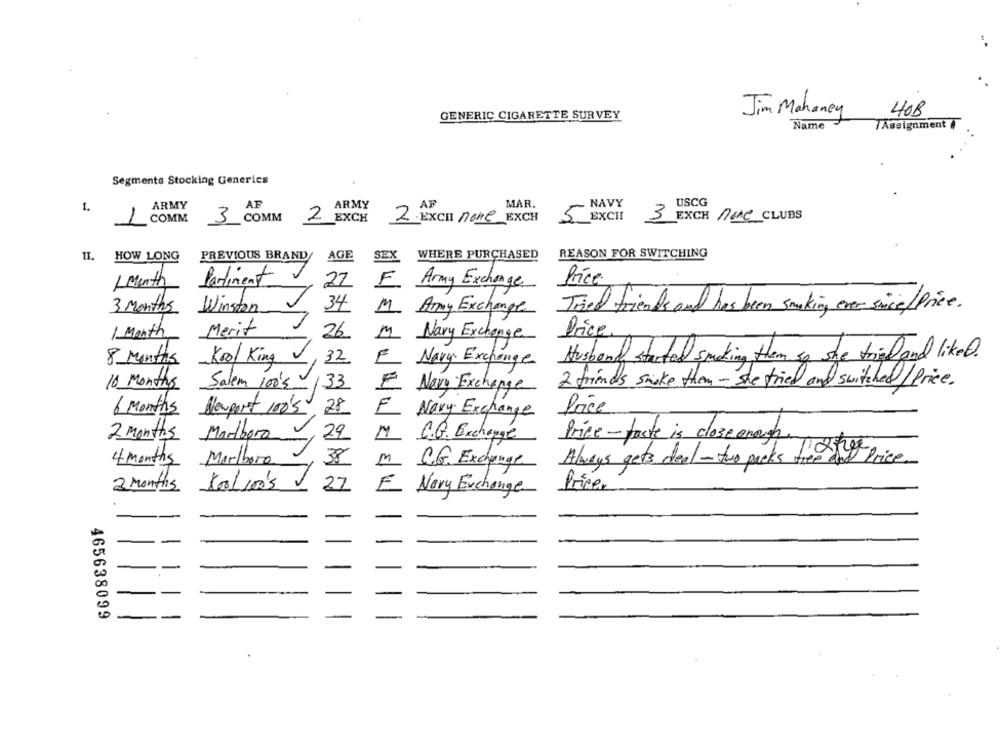
Jim Mahaney
GENERIC CIGARETTE SURVEY
408
Name
Assignment
Segments Stocking Generics
MAR.
NAVY
USCG
1.
ARMY
AF
ARMY
AF
2
EXCH
EXCH
EXCII
3 EXCH NONE CLUBS
COMM
3 COMM
2 .EXCH none
5
II.
AGE
SEX
WHERE PURCHASED
REASON FOR SWITCHING
HOW LONG
PREVIOUS BRAND
1 Month
Parliment V
22
F Army Exchange
Price.
34
3 Months
Winston
M Amy Exchange
Tried friends and has been smoking ever since/ Price.
Merit
1 Month
26
M Nary Exchange
Price
8 Months
Kool King
Husband started smoking them so she tried and likeD.
32
F Navy Exchange
2 friends smoke them - she tried and switched/Price.
10 Months
Salem 100's
33
E Nery Exchange
6 Months Newport 100's
28
E
Price
Navy Exchange
2 Months
Marlboro
29
M C.G. Exchange
Price-faste is close enough.
4 months Marlboro
38
M C.G. Exchange
Always gets deal -two packs fre ing price.
2 Months 100/100's
27
Pricer
E Nary Exchange
465638099